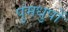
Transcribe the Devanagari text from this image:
पुंमधुपों